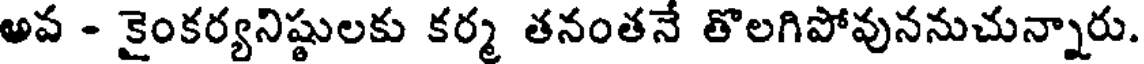
అవ - కైంకర్యనిష్ఠులకు కర్మ తనంతనే తొలగిపోవుననుచున్నారు.